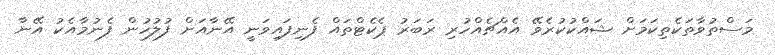
މަސްތުވާތަކެތިކަމަށް ޝައްކުކުރެވޭ އެއްޗެއްހުރި ރަބަރު ޕެކެޓްތައް ފެނިފައިވަނީ އޭނާއަށް ފުލުހުން ފެނުމާއެކު އޭނާ